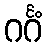
ဂင်္ဂံ